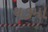
ચકમો